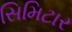
સિમિટાર